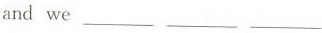
and we___ ___ ___